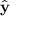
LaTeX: \hat { \mathbf { y } }